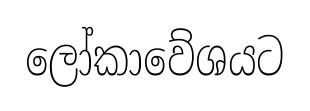
ලෝකාවේශයට